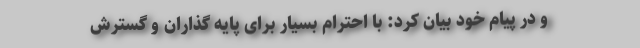
و در پیام خود بیان کرد: با احترام بسیار برای پایه گذاران و گسترش